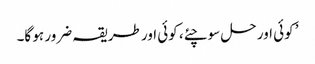
’ کوئی اور حل سوچئے، کوئی اور طریقہ ضرور ہو گا۔